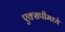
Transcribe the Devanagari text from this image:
एक्सपीमध्ये